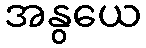
အနွယေ